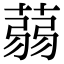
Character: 蒻